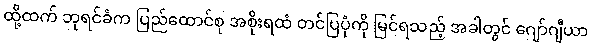
ထို့ထက် ဘုရင်ခံက ပြည်ထောင်စု အစိုးရထံ တင်ပြပုံကို မြင်ရသည့် အခါတွင် ဂျော်ဂျီယာ